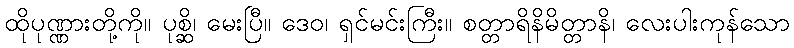
ထိုပုဏ္ဏားတို့ကို။ ပုစ္ဆိ၊ မေးပြီ။ ဒေဝ၊ ရှင်မင်းကြီး။ စတ္တာရိနိမိတ္တာနိ၊ လေးပါးကုန်သော